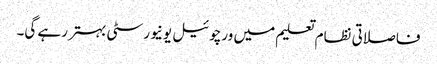
فاصلاتی نظام تعلیم میں ورچوئیل یونیورسٹی بہتر رہے گی۔